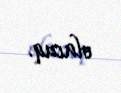
olacaq.